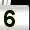
Digit: 5